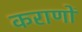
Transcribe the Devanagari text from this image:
कराणों